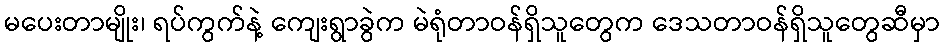
မပေးတာမျိုး၊ ရပ်ကွက်နဲ့ ကျေးရွာခွဲက မဲရုံတာဝန်ရှိသူတွေက ဒေသတာဝန်ရှိသူတွေဆီမှာ